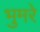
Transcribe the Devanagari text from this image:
भुमरे